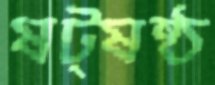
ষট্‌ষষ্ঠ